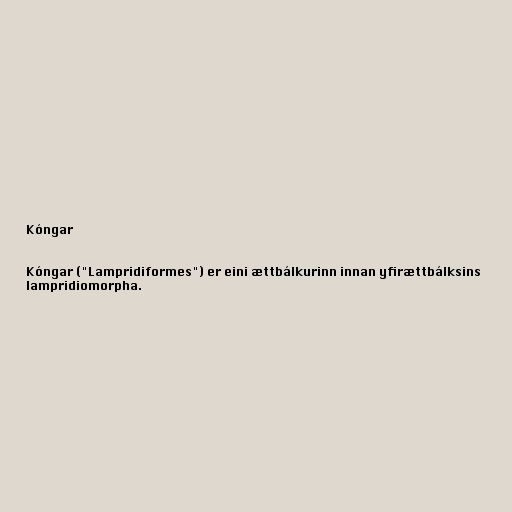
Kóngar

Kóngar ("Lampridiformes") er eini ættbálkurinn innan yfirættbálksins
lampridiomorpha.